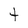
Character: t